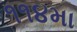
૧૧૪મા